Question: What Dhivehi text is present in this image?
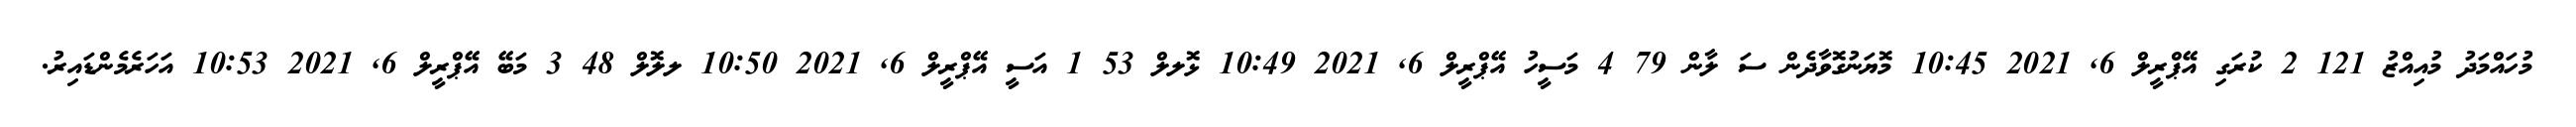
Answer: މުހައްމަދު މުއިއްޒު 121 2 ކުރަގި އޭޕްރީލް 6, 2021 10:45 މޮޔަނުގޮވާދެން ސަ ލާން 79 4 މަސީހު އޭޕްރީލް 6, 2021 10:49 ޅޮލލް 53 1 އަސީ އޭޕްރީލް 6, 2021 10:50 ލލޮލް 48 3 މަބޭ އޭޕްރީލް 6, 2021 10:53 އަހަރެމެންޑައިރު.